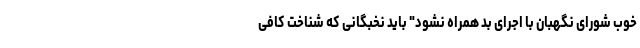
خوب شورای نگهبان با اجرای بد همراه نشود" باید نخبگانی که شناخت کافی